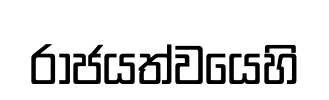
රාජයත්වයෙහි